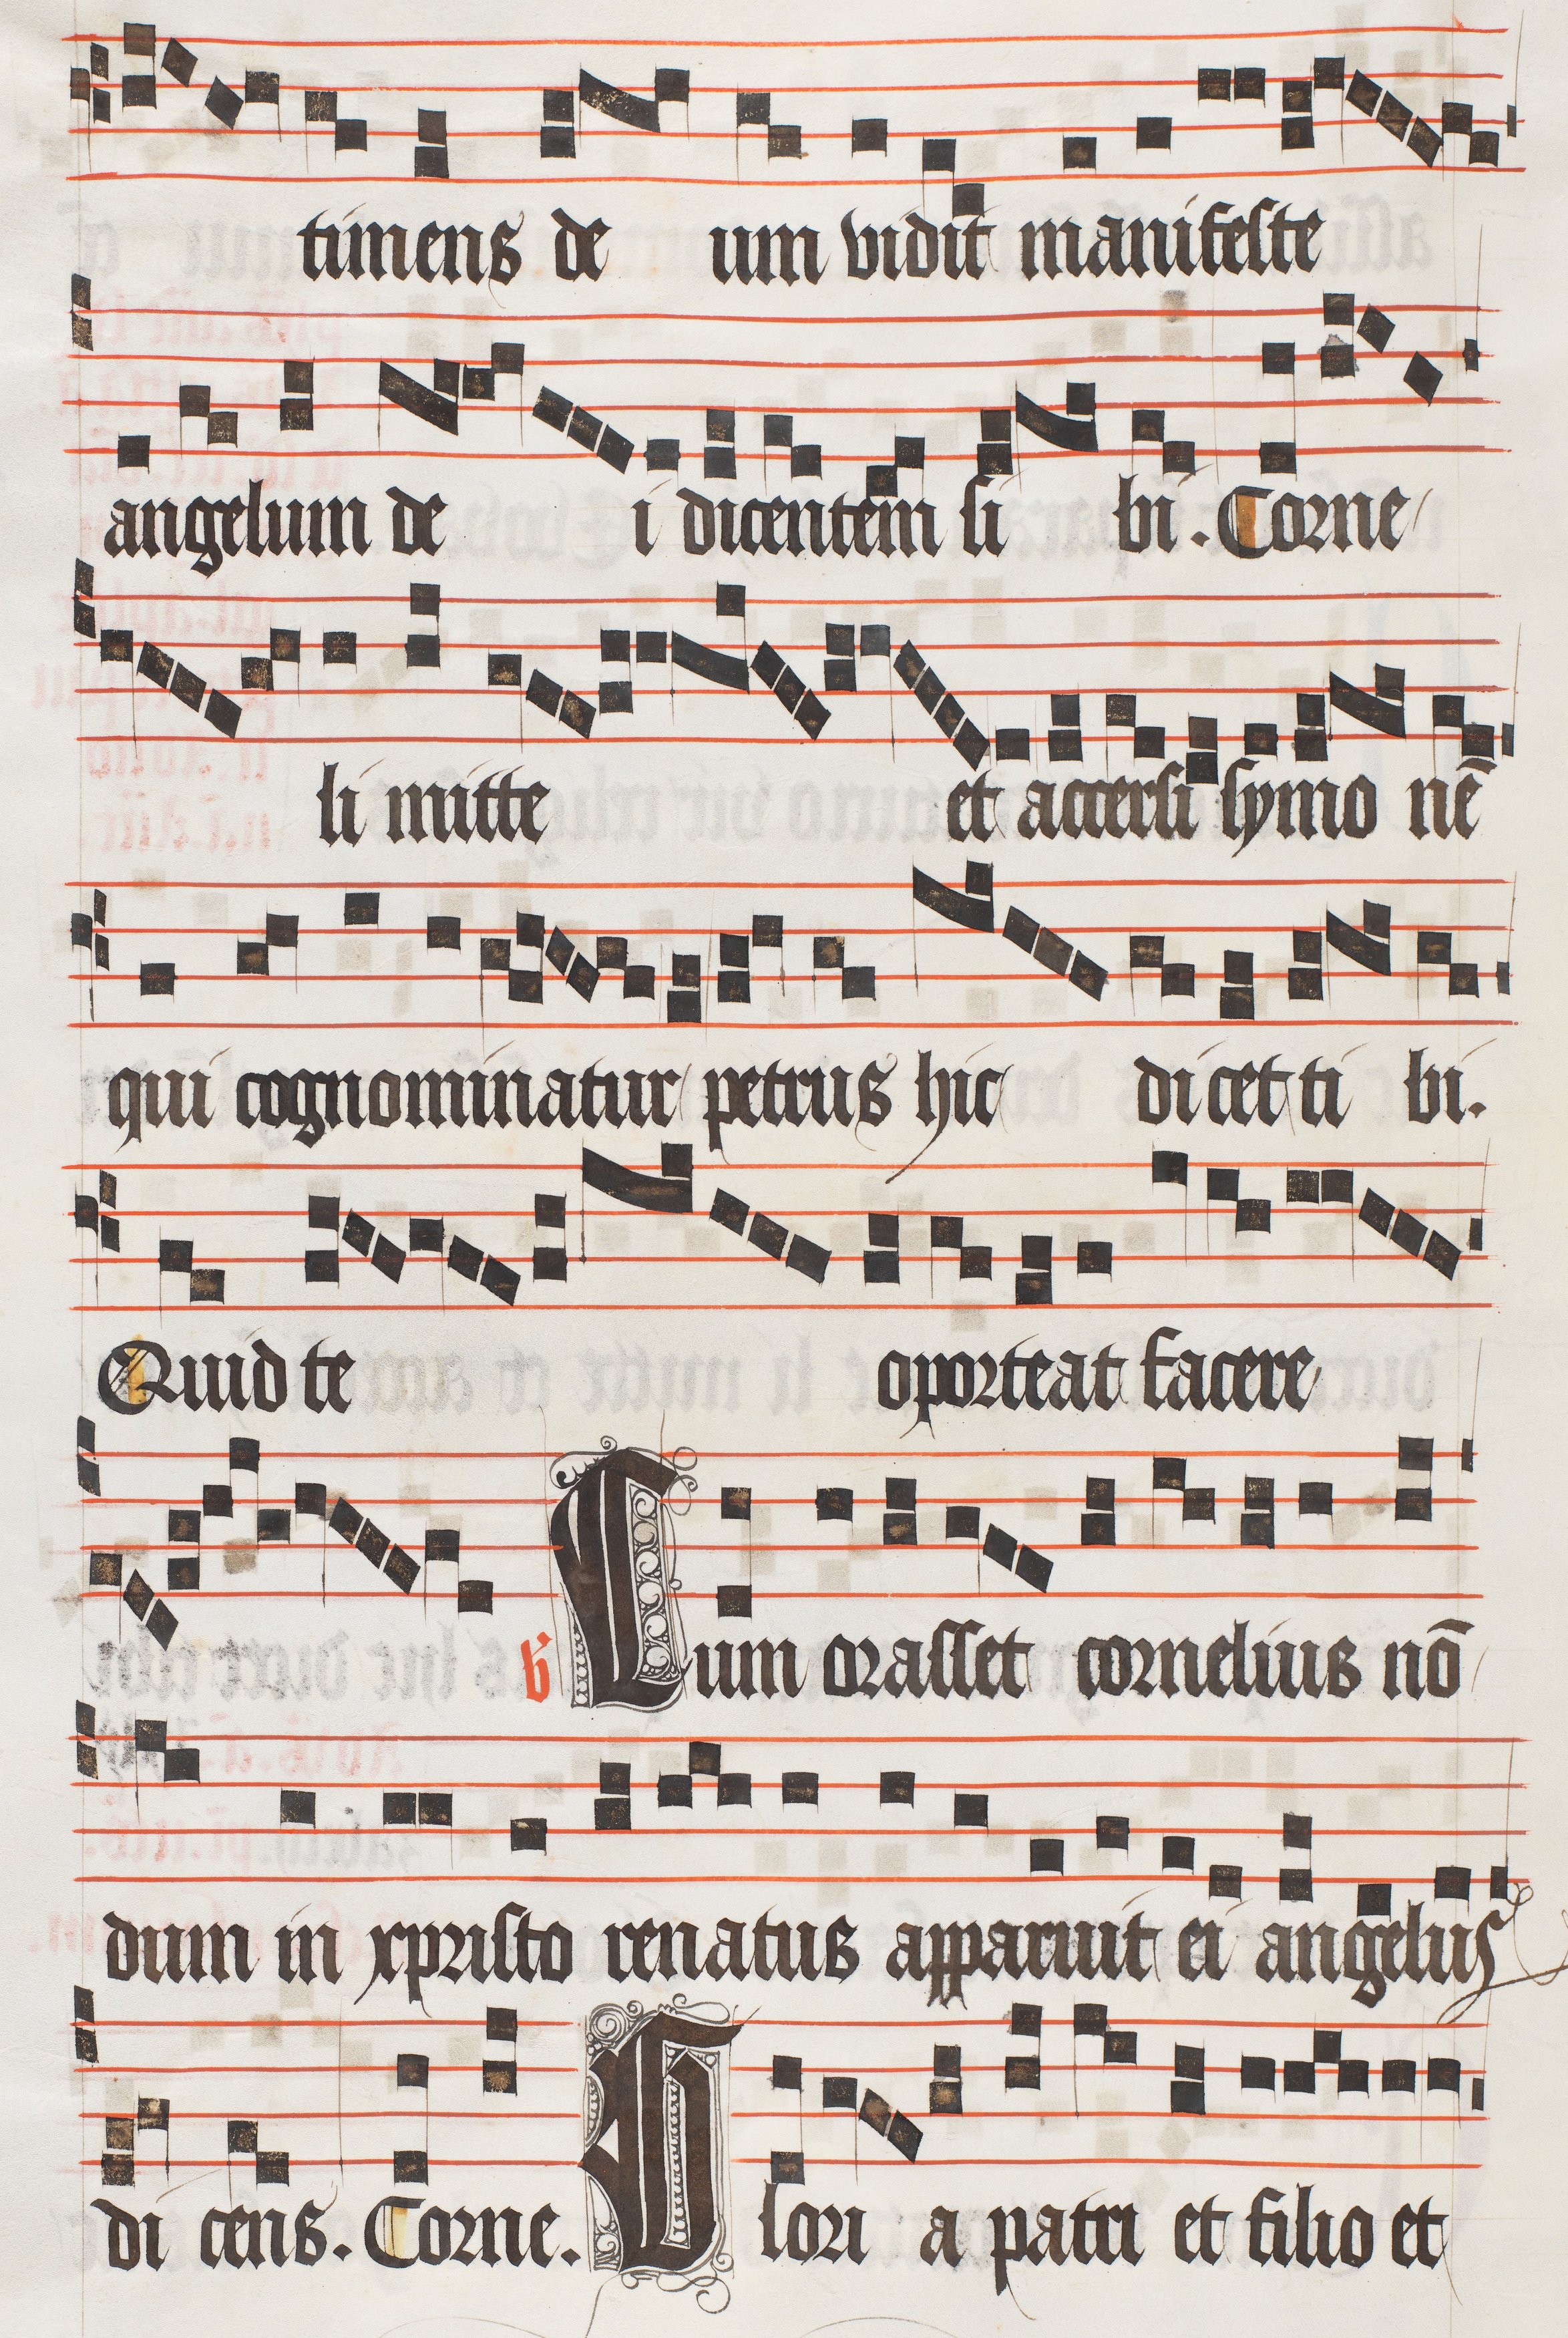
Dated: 1474–1505